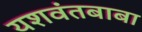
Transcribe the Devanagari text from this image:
यशवंतबाबा